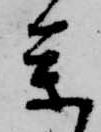
参